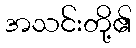
အသင်းတို့၏